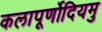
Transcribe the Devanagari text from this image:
कलापूर्णोदियमु